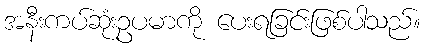
အနီးကပ်ဆုံးဥပမာကို ပေးရခြင်းဖြစ်ပါသည်။